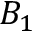
B _ { 1 }